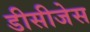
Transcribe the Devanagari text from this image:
डीसीजेस